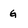
Character: G